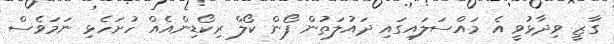
ގާޒީ ވިދާޅުވީ އެ މައްސަލައިގައި ދައުލަތުން ފޯން ކޯލް ރިކޯޑިންއެއް ހުށަހެޅި ނަމަވެސް